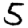
Digit: 5